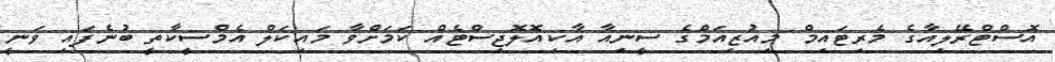
އޮސްޓްރޭލިއާގެ މެރިޓައިމް މިއުޒިއަމްގެ ސީނިއާ އާކިއޮލޮޖިސްޓެއް ކަމަށްވާ މައިކަލް އެމްސީކާތީ ބުނެފައި ވަނީ